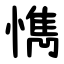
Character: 懏